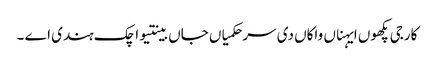
کارجی پکھوں ایہناں واکاں دی سر حکمیاں جاں بینتیواچک ہندی اے ۔